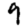
Digit: 9